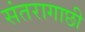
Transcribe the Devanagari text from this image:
संतरागाछी